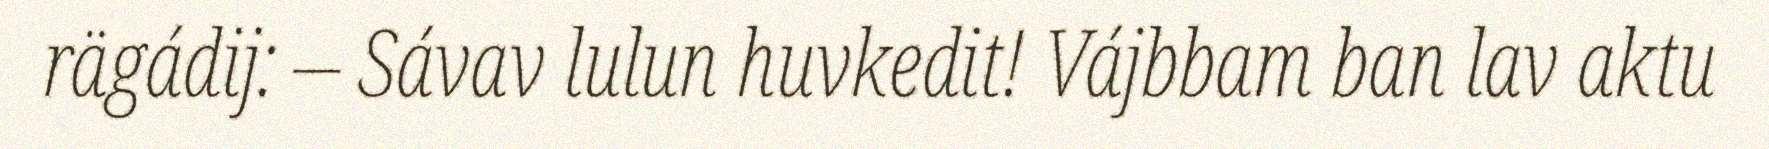
rägádij: – Sávav lulun huvkedit! Vájbbam ban lav aktu